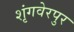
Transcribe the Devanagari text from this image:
शृंगवेरपुर